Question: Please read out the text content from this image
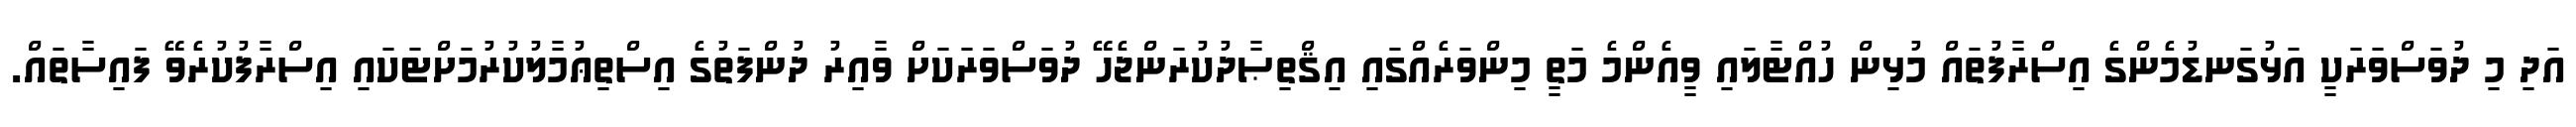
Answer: އަދި މި ދުވަސްވަރަކީ އަޅުގަނޑުމެންގެ އިސްރާފުތައް މުޅިން ހުއްޓާލައި ވީއެންމެ މަތީ މިންވަރެއްގައި އިޤްތިޞާދުކުރަންޖެހޭ ދުވަސްވަރަކަށް ވާއިރު ދުންފަތުގެ އިސްތިޢުމާލުކުރުމަށްޓަކައި އިސްރާފުކުރެވޭ ފައިސާތައް.